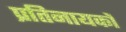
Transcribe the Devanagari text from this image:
प्रतिनायकों